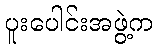
ပူးပေါင်းအဖွဲ့က